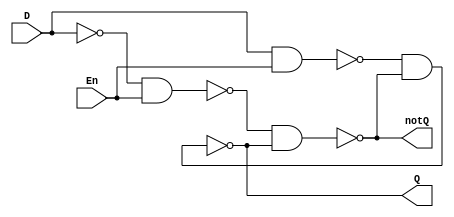
`timescale 1ns / 1ps //1ns for each delay unit
`default_nettype none
//D Latch

module d_latch(Q, notQ, En, D);

	//all ports should be wires
	output wire Q, notQ;
	input wire En, D;
	
	//intermediate nets
	wire nandDEN, nandNEN, notD;
	
	not #2 not0(notD,D);
	nand #2 nand0(Q, nandDEN, notQ);//2ns gate delay
	nand #2 nand1(notQ, nandNEN, Q);
	nand #2 nand2(nandDEN, D, En);
	nand #2 nand3(nandNEN, notD, En);
	
endmodule//end of module